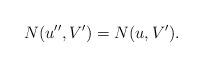
LaTeX: \begin{align*}N(u'',V')=N(u,V').\end{align*}